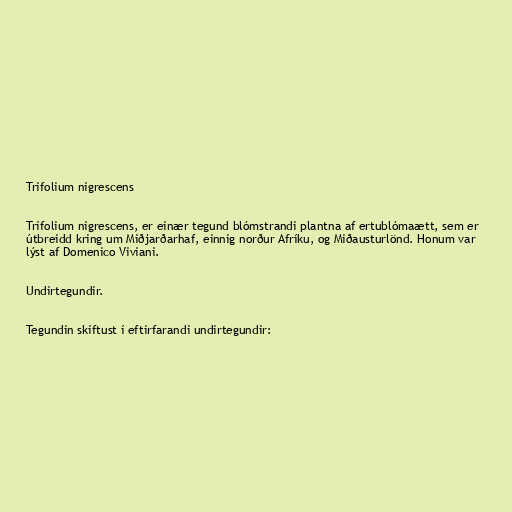
Trifolium nigrescens

Trifolium nigrescens, er einær tegund blómstrandi plantna af ertublómaætt, sem er
útbreidd kring um Miðjarðarhaf, einnig norður Afríku, og Miðausturlönd. Honum var
lýst af Domenico Viviani.

Undirtegundir.

Tegundin skiftust í eftirfarandi undirtegundir: